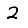
Digit: 2